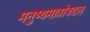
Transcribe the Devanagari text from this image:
मनुष्यमात्रांबद्दल